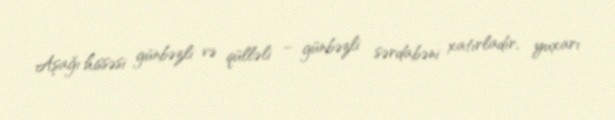
Aşağı hissəsi günbəzli və qülləli – günbəzli sərdabəni xatırladır, yuxarı